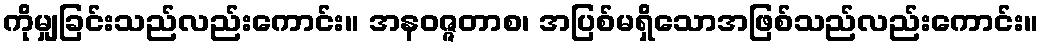
ကိုမျှခြင်းသည်လည်းကောင်း။ အနဝဇ္ဇတာစ၊ အပြစ်မရှိသောအဖြစ်သည်လည်းကောင်း။